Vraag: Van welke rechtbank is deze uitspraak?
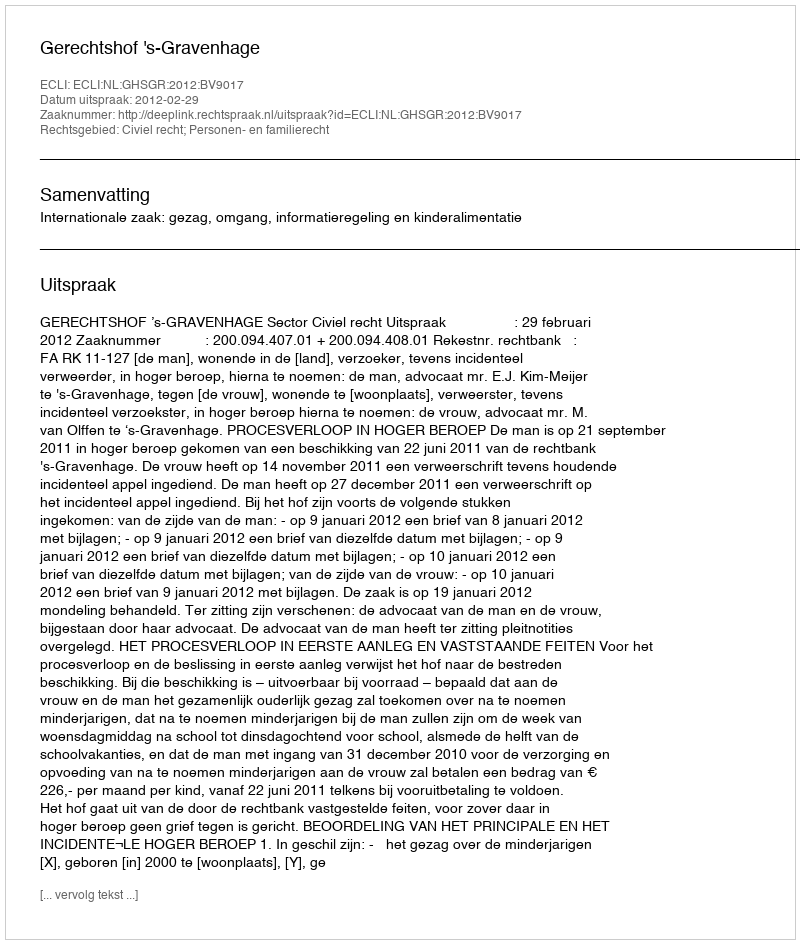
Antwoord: Gerechtshof 's-Gravenhage